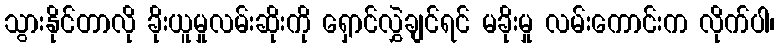
သွားနိုင်တာလို ခိုးယူမှုလမ်းဆိုးကို ရှောင်လွှဲချင်ရင် မခိုးမှု လမ်းကောင်းက လိုက်ပါ၊